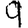
Digit: 9